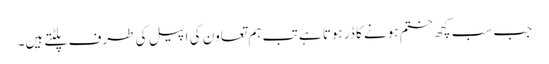
جب سب کچھ ختم ہونے کا ڈر ہوتا ہے تب ہم تعاون کی اپیل کی طرف پلٹتے ہیں۔